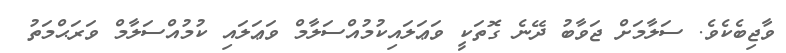
ވާޖިބެކެވެ. ސަލާމަށް ޖަވާބު ދޭނެ ގޮތަކީ ވަޢަލައިކުމުއްސަލާމް ވަޢަލައި ކުމުއްސަލާމް ވަރަޙްމަތު